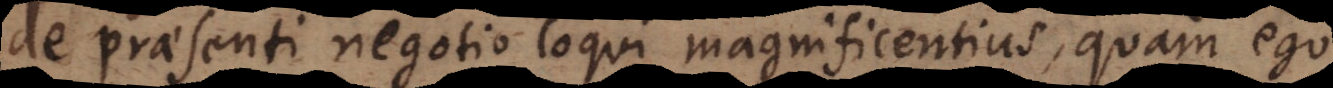
de praesenti negotio loqui magnificentius, quam ego